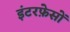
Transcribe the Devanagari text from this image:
इंटरफ़ेसों